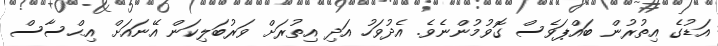
އަޑުގެ އިތުރުން ބައްޕަވެސް ގޮވުމުންނެވެ. އެދުވަހު އަދި އިތުރަށް ވަރުބަލިކަން އޭނައަށް އިޙްސާސް